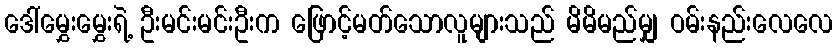
ဒေါ်မွှေးမွှေးရဲ့ ဦးမင်းမင်းဦးက ဖြောင့်မတ်သောလူများသည် မိမိမည်မျှ ဝမ်းနည်းလေလေ